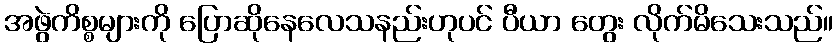
အဖွဲကိစ္စများကို ပြောဆိုနေလေသနည်းဟုပင် ပီယာ တွေး လိုက်မိသေးသည်။